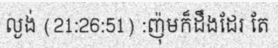
ល្ងង់ (21:26:51) :ញ៉ុមក៏ដឹងដែរ តែ